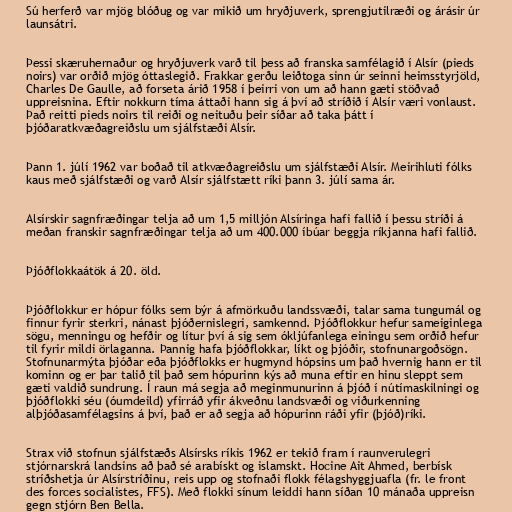
Sú herferð var mjög blóðug og var mikið um hryðjuverk, sprengjutilræði og árásir úr
launsátri.

Þessi skæruhernaður og hryðjuverk varð til þess að franska samfélagið í Alsír (pieds
noirs) var orðið mjög óttaslegið. Frakkar gerðu leiðtoga sinn úr seinni heimsstyrjöld,
Charles De Gaulle, að forseta árið 1958 í þeirri von um að hann gæti stöðvað
uppreisnina. Eftir nokkurn tíma áttaði hann sig á því að stríðið í Alsír væri vonlaust.
Það reitti pieds noirs til reiði og neituðu þeir síðar að taka þátt í
þjóðaratkvæðagreiðslu um sjálfstæði Alsír.

Þann 1. júlí 1962 var boðað til atkvæðagreiðslu um sjálfstæði Alsír. Meirihluti fólks
kaus með sjálfstæði og varð Alsír sjálfstætt ríki þann 3. júlí sama ár.

Alsírskir sagnfræðingar telja að um 1,5 milljón Alsíringa hafi fallið í þessu stríði á
meðan franskir sagnfræðingar telja að um 400.000 íbúar beggja ríkjanna hafi fallið.

Þjóðflokkaátök á 20. öld.

Þjóðflokkur er hópur fólks sem býr á afmörkuðu landssvæði, talar sama tungumál og
finnur fyrir sterkri, nánast þjóðernislegri, samkennd. Þjóðflokkur hefur sameiginlega
sögu, menningu og hefðir og lítur því á sig sem ókljúfanlega einingu sem orðið hefur
til fyrir mildi örlaganna. Þannig hafa þjóðflokkar, líkt og þjóðir, stofnunargoðsögn.
Stofnunarmýta þjóðar eða þjóðflokks er hugmynd hópsins um það hvernig hann er til
kominn og er þar talið til það sem hópurinn kýs að muna eftir en hinu sleppt sem
gæti valdið sundrung. Í raun má segja að meginmunurinn á þjóð í nútímaskilningi og
þjóðflokki séu (óumdeild) yfirráð yfir ákveðnu landsvæði og viðurkenning
alþjóðasamfélagsins á því, það er að segja að hópurinn ráði yfir (þjóð)ríki.

Strax við stofnun sjálfstæðs Alsírsks ríkis 1962 er tekið fram í raunverulegri
stjórnarskrá landsins að það sé arabískt og islamskt. Hocine Ait Ahmed, berbísk
stríðshetja úr Alsírstríðinu, reis upp og stofnaði flokk félagshyggjuafla (fr. le front
des forces socialistes, FFS). Með flokki sínum leiddi hann síðan 10 mánaða uppreisn
gegn stjórn Ben Bella.